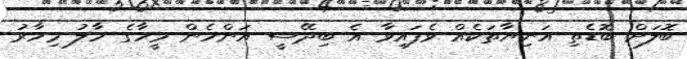
ބޮލަށް ބޮޑެތި އަނިޔާތަކެއް ވެފައިވާ އެ ބިދޭސީ އަންހެން މީހާގެ ހާލު މިހާރު